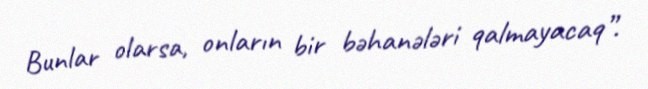
Bunlar olarsa, onların bir bəhanələri qalmayacaq”.